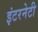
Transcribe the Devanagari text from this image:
इंटरनेटी